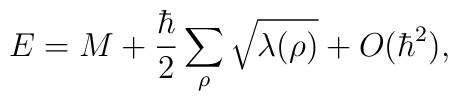
E = M + {\hbar\over2} \sum_{\rho}\sqrt{\lambda(\rho)}+ O(\hbar^2),